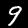
Digit: 9